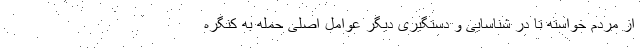
از مردم خواسته تا در شناسایی و دستگیری دیگر عوامل اصلی حمله به کنگره